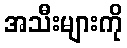
အသီးများကို